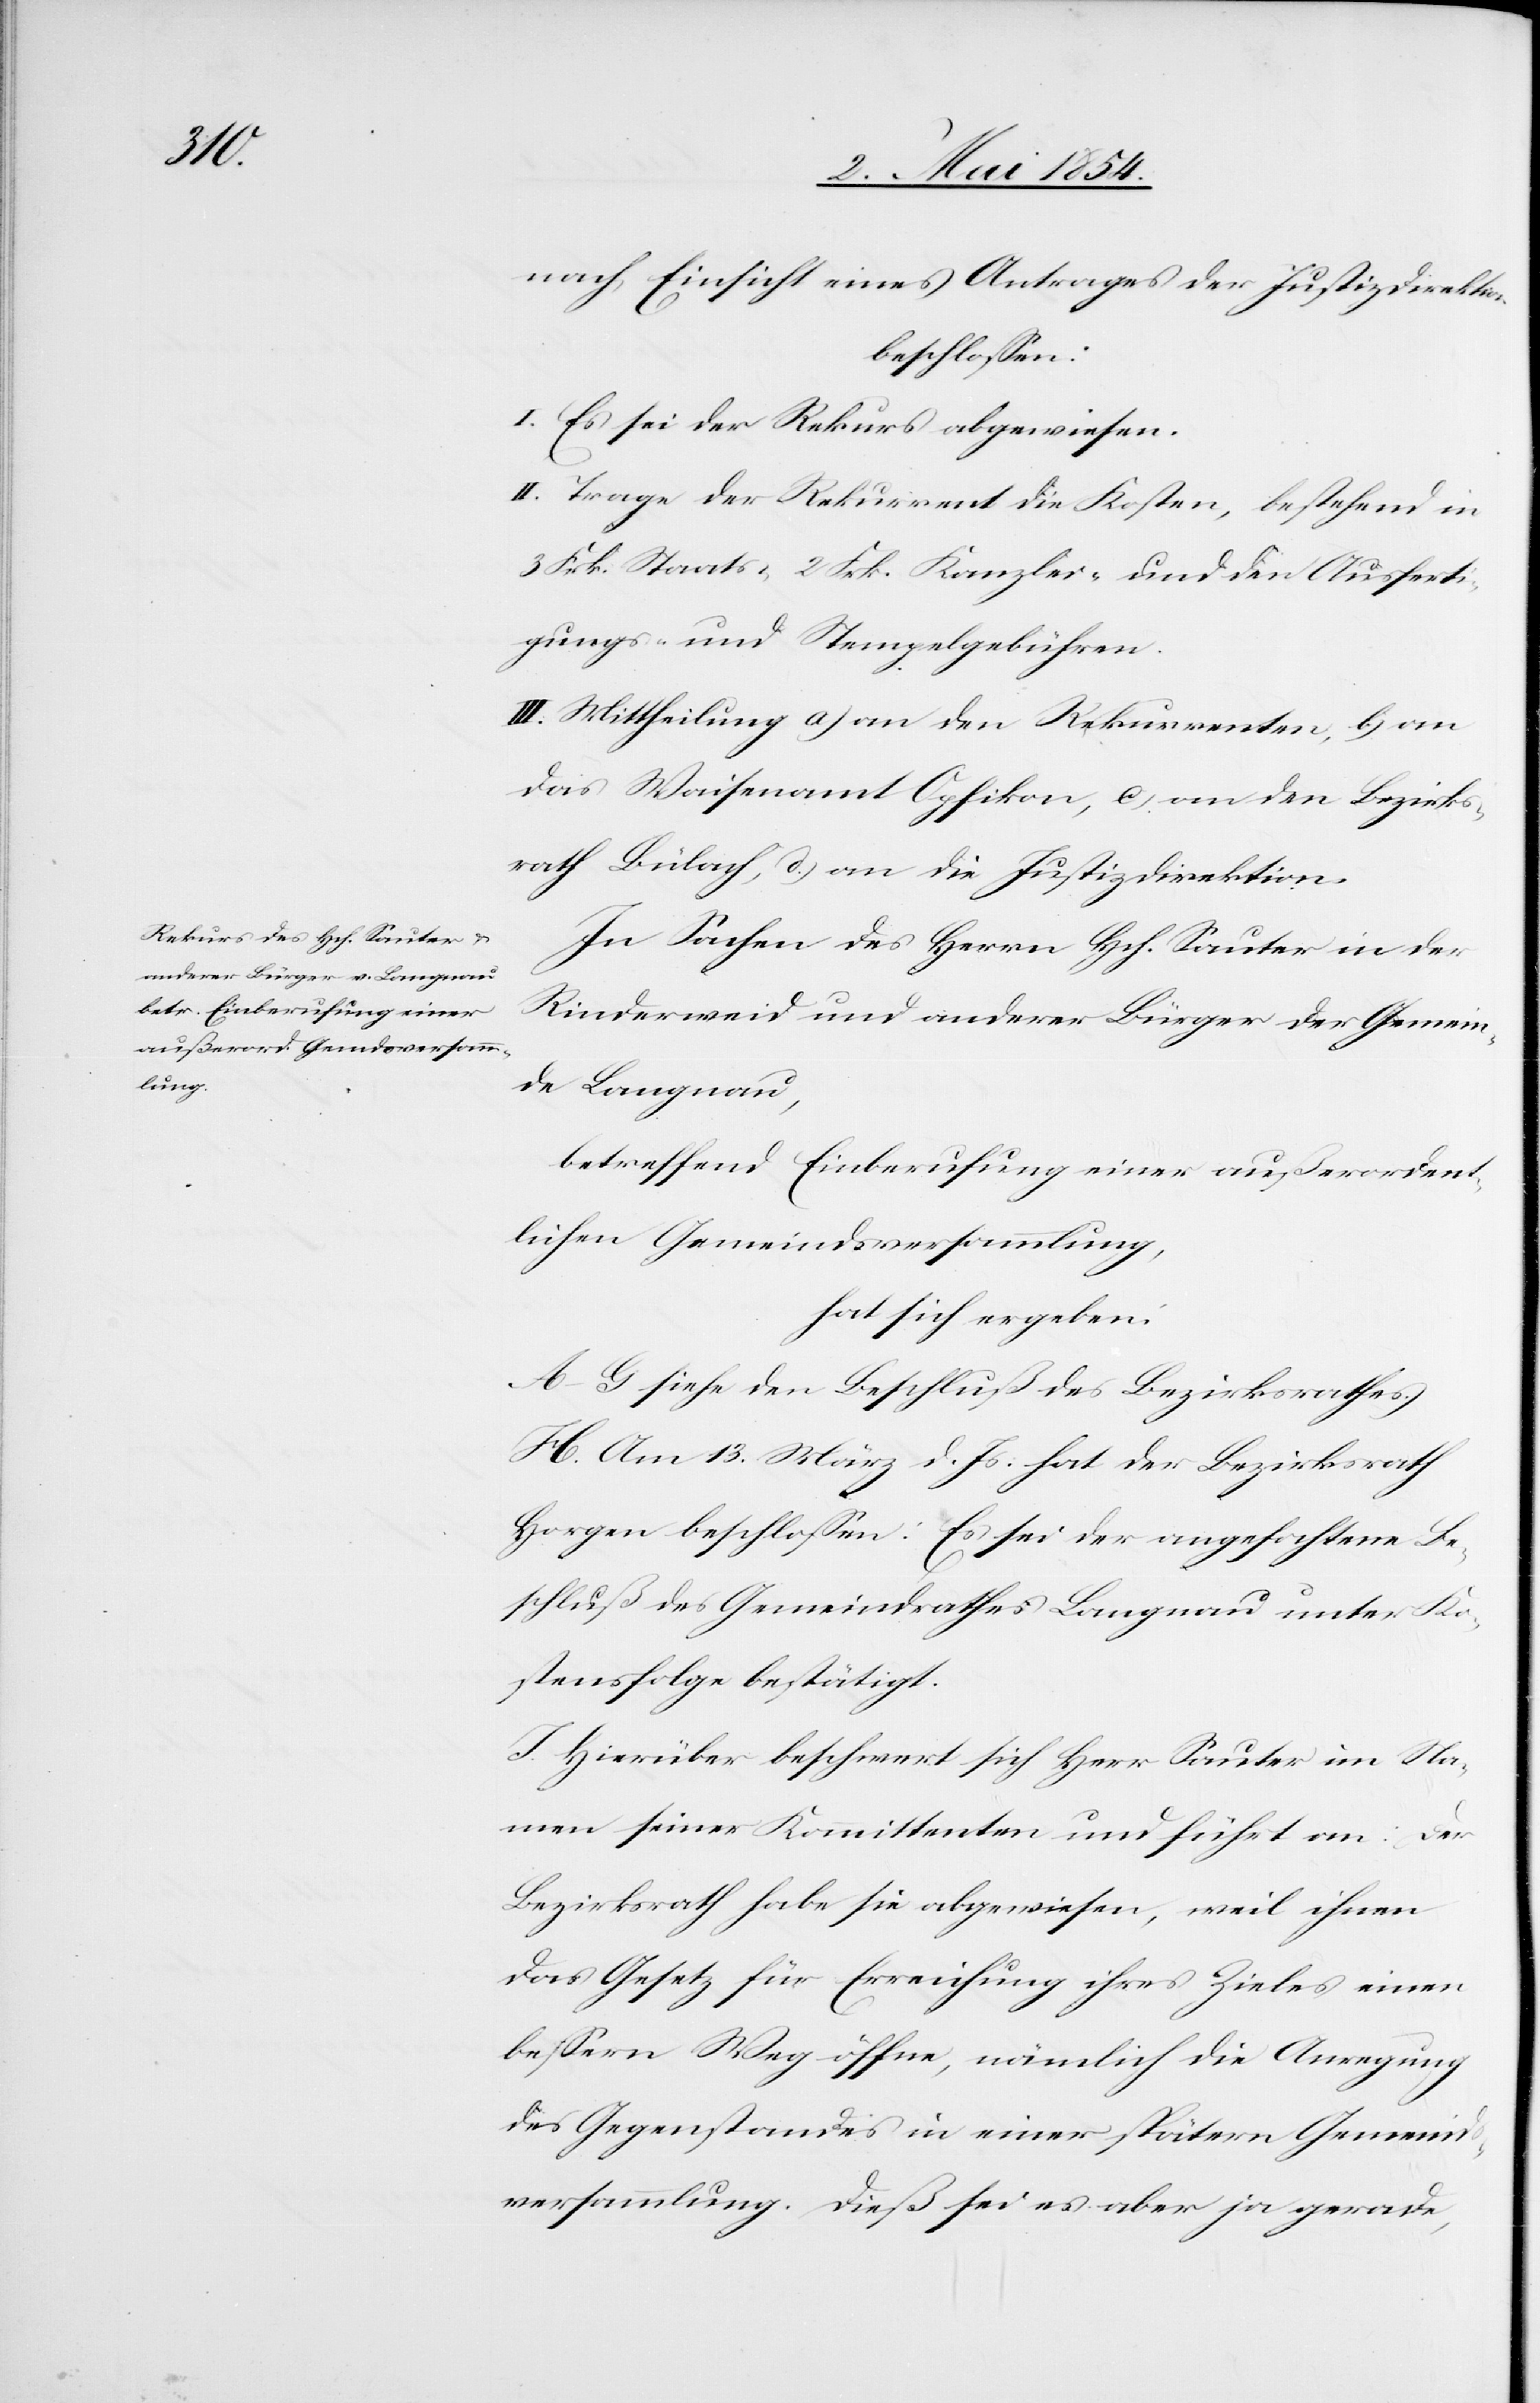
nach Einsicht eines Antrages der Justizdirektion
beschloßen:
I. Es sei der Rekurs abgewiesen.
II. Trage der Rekurrent die kosten, bestehend in
3 Frk. Staats-, 2 Frk. Kanzlei- und den Ausferti¬
gungs- und Stempelgebühren.
III. Mittheilung a) an den Rekurrenten, b) an
das Waisenamt Opfikon, c) an den Bezirks¬
rath Bülach, d.) an die Jusitzdirektion.
In Sachen des Herrn Hch. Sauter in der
Rinderweid und anderer Bürger der Gemein¬
de Langnau,
betreffend Einberufung einer außerordent¬
lichen Gemeindsversammlung,
hat sich ergeben:
A.–G. siehe den Beschluß des Bezirksrathes.
H. Am 13. März d. Js. hat der Bezirksrath
Horgen beschloßen: Es sei der angefochtene Be¬
schluß des Gemeindrathes Langnau unter Ko¬
stensfolge bestätigt.
I. Hierüber beschwert sich Herr Sauter im Na¬
men seiner Kommittenten und führt an: Den
Bezirksrath habe sie abgewiesen, weil ihnen
das Gesetz für Erreichung ihres Zieles einen
beßern Weg öffne, nämlich die Anregung
des Gegenstandes in einer später Gemeinds¬
versammlung. Dieß sei es aber ja gerade,